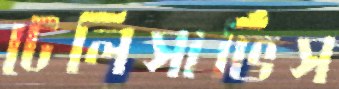
টেলিসার্ভিস